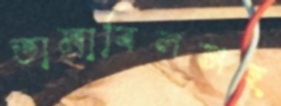
তামাবিলসহ